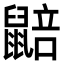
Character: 𮮮